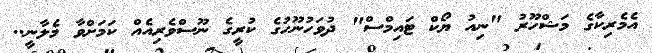
އެމެރިކާގެ މަޝްހޫރު "ނިއު ޔޯކް ޓައިމްސް" ދުވަހުނޫހުގެ ކުރީގެ ނޫސްވެރިއެއް ކަމަށްވާ މެލާނީ..